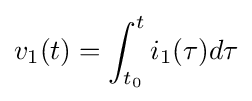
v_{1}(t)=\int _{t_{0}}^{t}i_{1}(\tau )d\tau